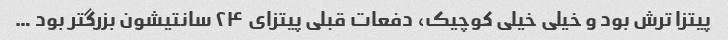
پیتزا ترش بود و خیلی خیلی کوچیک، دفعات قبلی پیتزای ۲۴ سانتیشون بزرگتر بود …